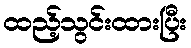
ထည့်သွင်းထားပြီး